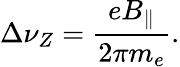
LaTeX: \Delta\nu_{Z}=\frac{eB_{\parallel}}{2\pi m_{e}}.